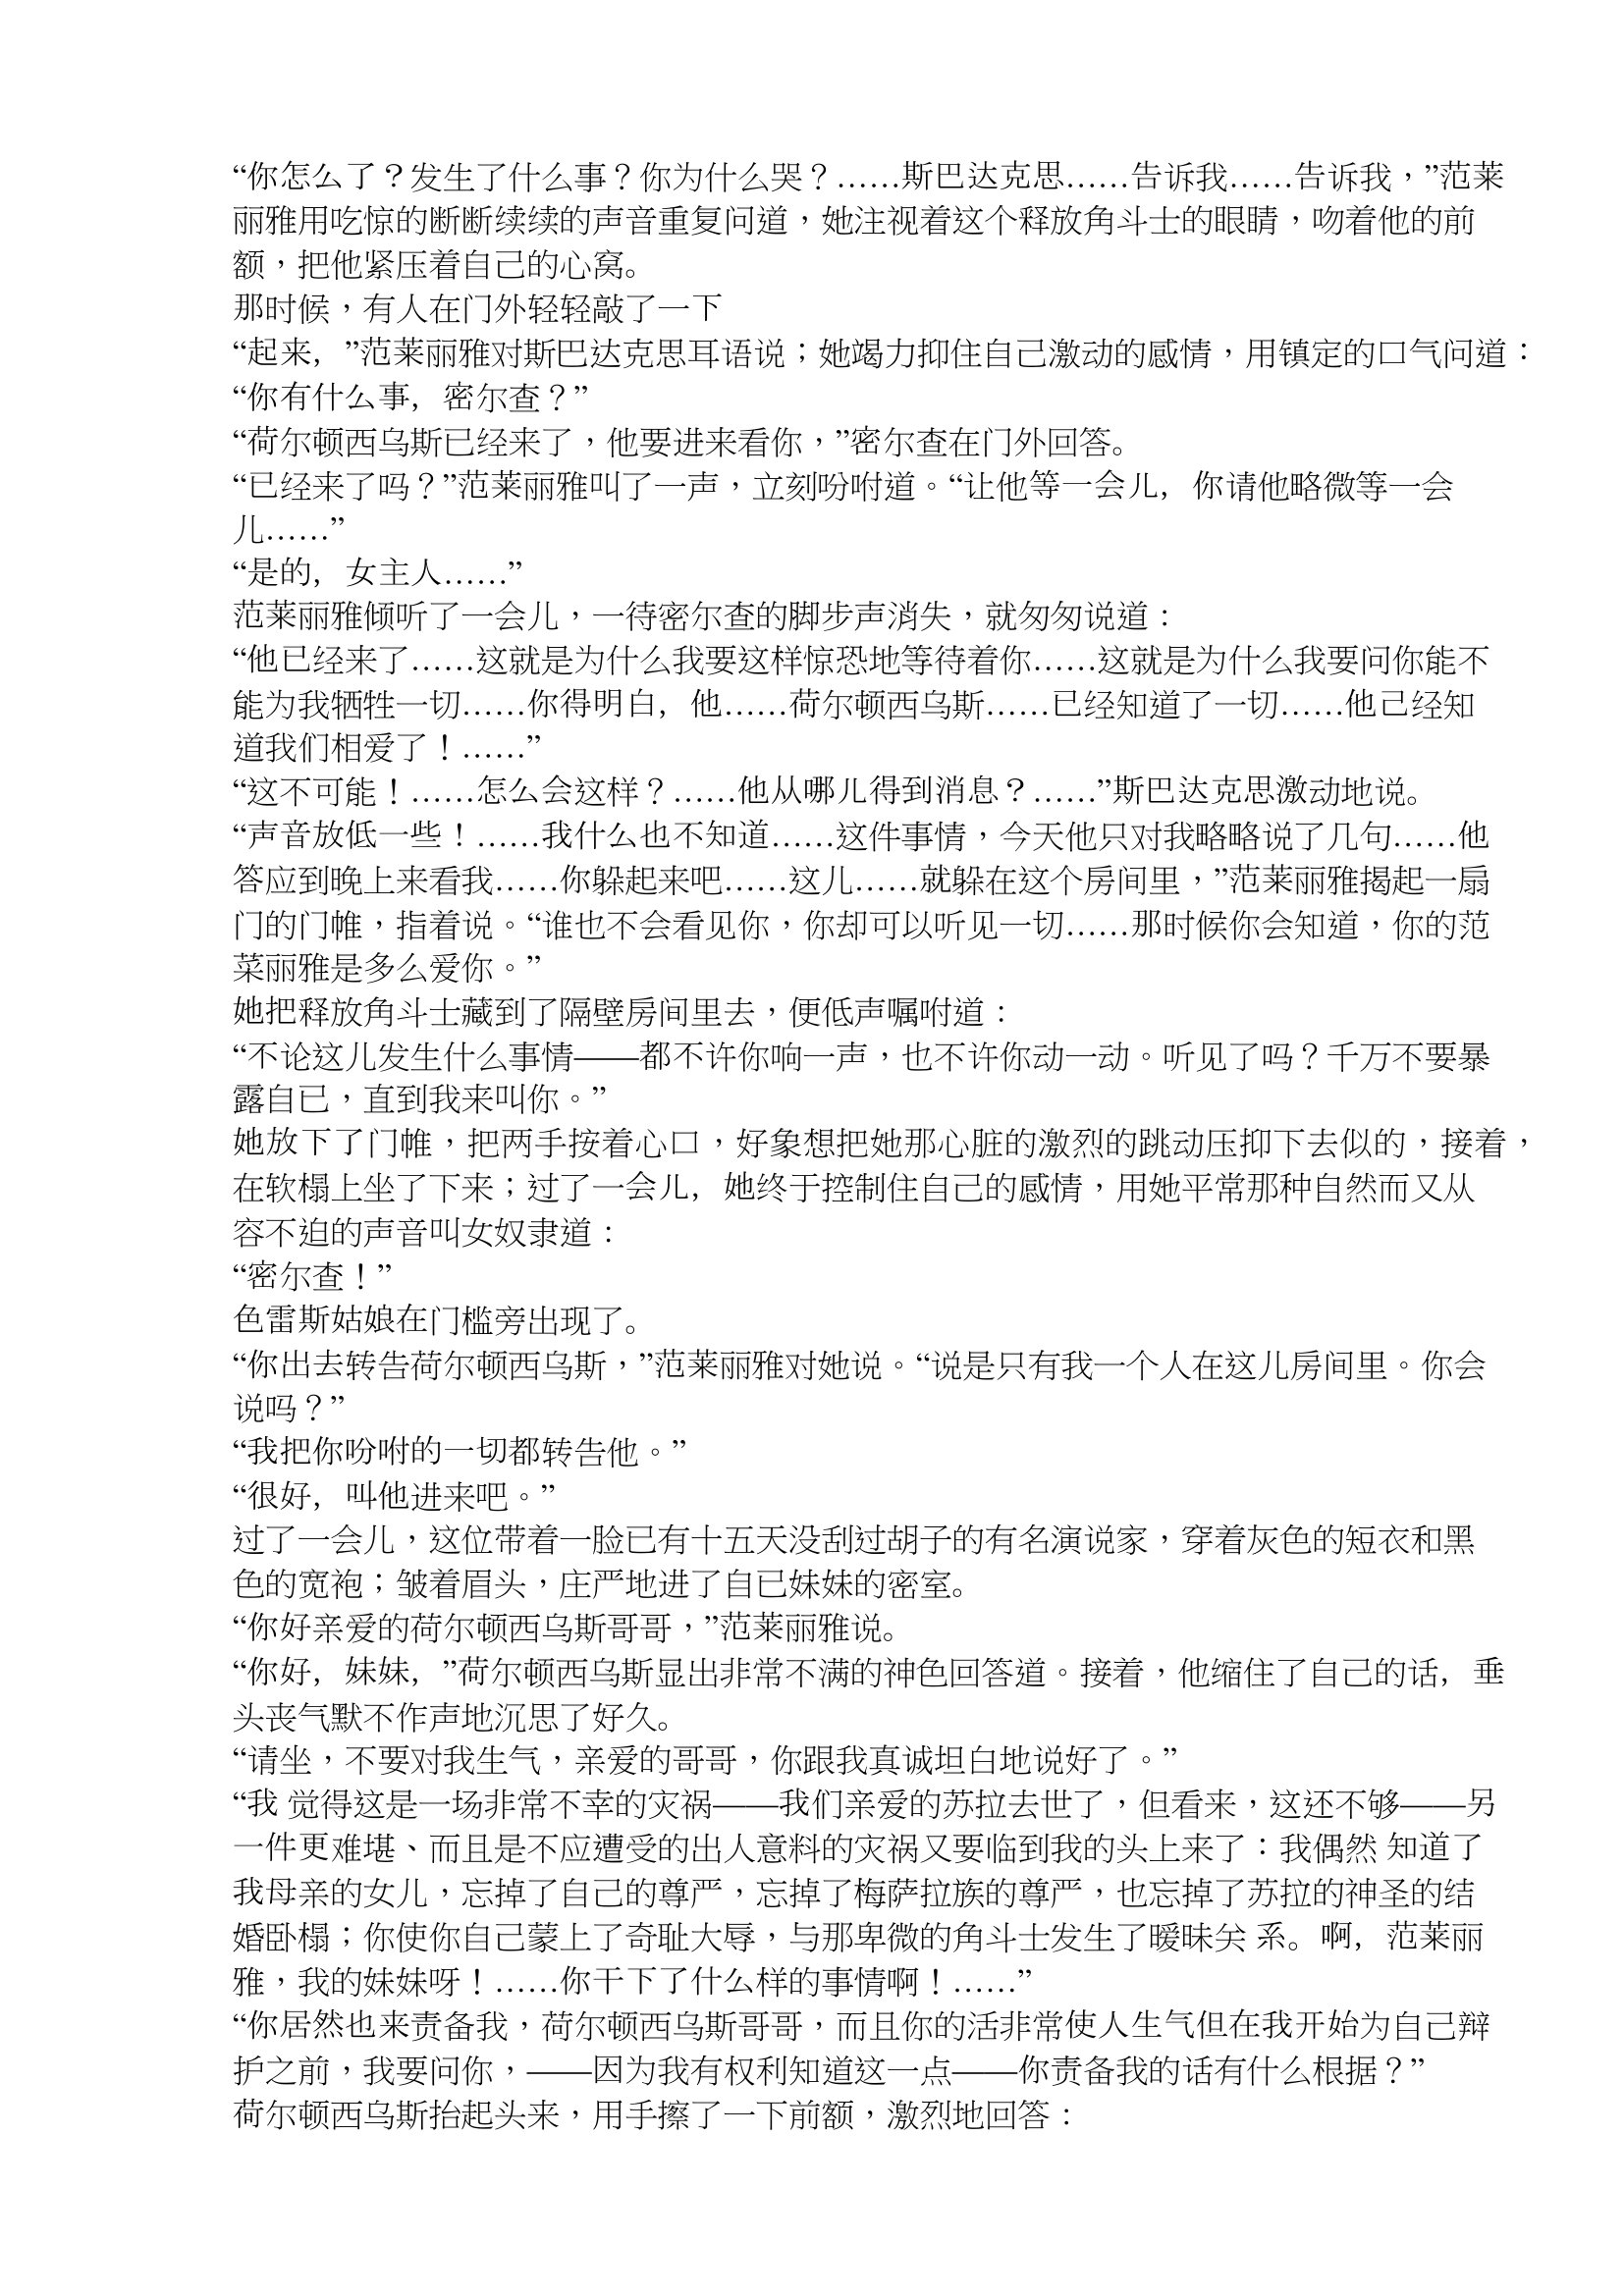
Language: zh